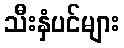
သီးနှံပင်များ